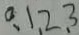
0 、 1 、 2 、 3